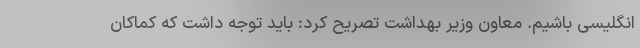
انگلیسی باشیم. معاون وزیر بهداشت تصریح کرد: باید توجه داشت که کماکان